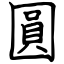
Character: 圓